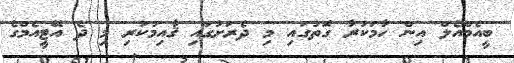
ބީއެމްއެލް އިން ހާމަކުރާ ގޮތުގައި މި ދެރަށުގައި ޤާއިމުކުރި މި ދެ އޭޓީއެމްގެ